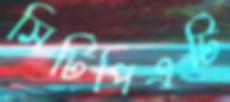
সিটিপিএটি